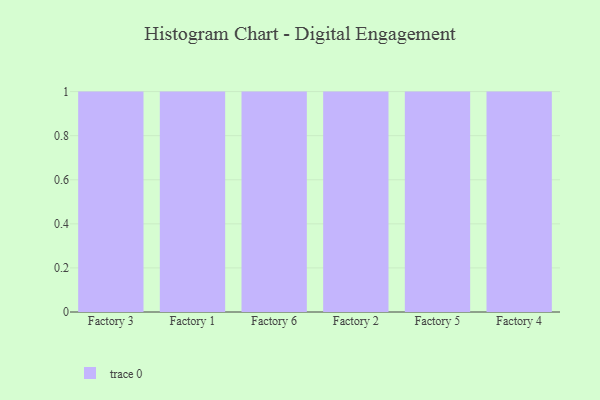
{"axis": {"x": "Factory", "y": "Conversion Rate (%)"}, "legend": [""], "data": [{"x": "Factory 3", "y": 41, "type": ""}, {"x": "Factory 1", "y": 98, "type": ""}, {"x": "Factory 6", "y": 100, "type": ""}, {"x": "Factory 2", "y": 87, "type": ""}, {"x": "Factory 5", "y": 57, "type": ""}, {"x": "Factory 4", "y": 61, "type": ""}]}